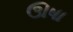
ઊષા